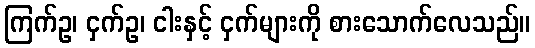
ကြက်ဥ၊ ငှက်ဥ၊ ငါးနှင့် ငှက်များကို စားသောက်လေသည်။